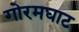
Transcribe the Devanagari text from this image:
गोरमघाट